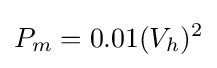
P_{m}=0.01(V_{h})^{2}